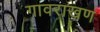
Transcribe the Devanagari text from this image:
गावराखण